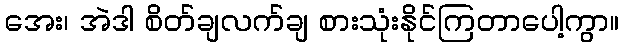
အေး၊ အဲဒါ စိတ်ချလက်ချ စားသုံးနိုင်ကြတာပေါ့ကွာ။